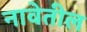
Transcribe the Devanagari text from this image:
नावेतील